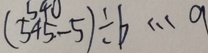
( 5 4 5 - 5 ) \div b \cdots a